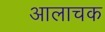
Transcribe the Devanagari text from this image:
आलाचक